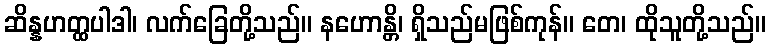
ဆိန္နဟတ္ထပါဒါ၊ လက်ခြေတို့သည်။ နဟောန္တိ၊ ရှိသည်မဖြစ်ကုန်။ တေ၊ ထိုသူတို့သည်။